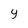
Character: y